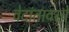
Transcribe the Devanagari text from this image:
वेदांतावरचे